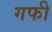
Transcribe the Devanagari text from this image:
गफी